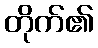
တိုက်၏